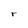
Character: r